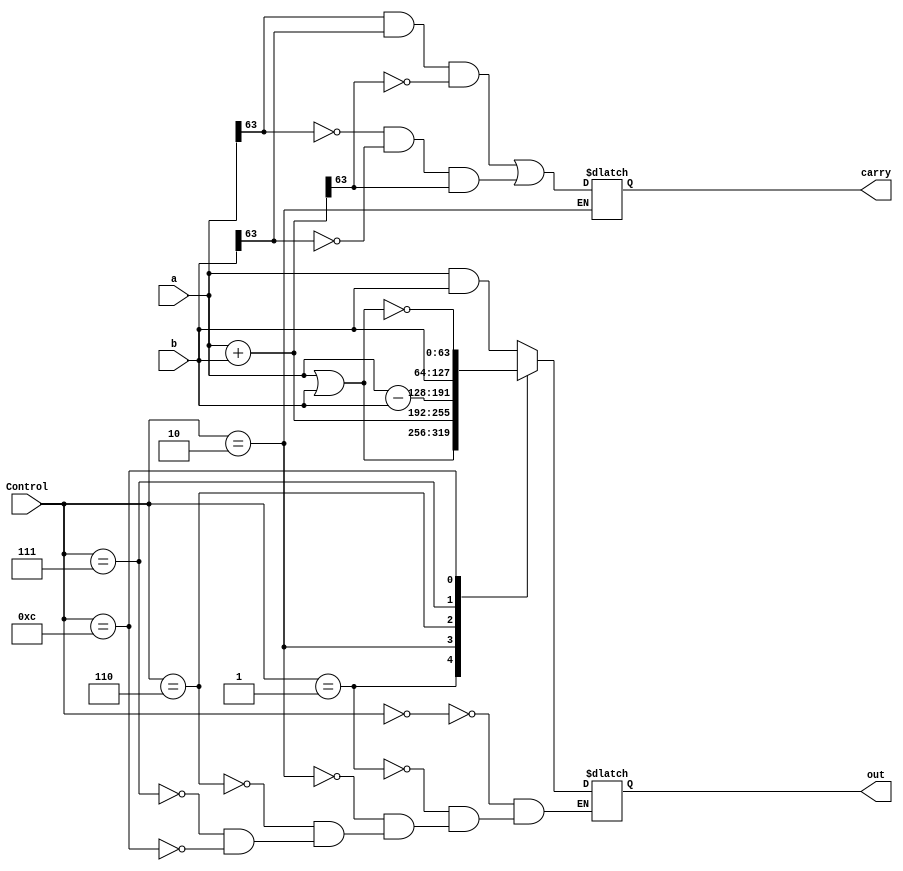
module ALU(
    input [63:0] a,
    input [63:0] b,
    input [3:0] Control,
    output [63:0] out,
    output carry
    );
      
    reg [63:0] out;
    reg carry; 
      
    always @*
    begin
        case(Control)
        4'b0000: out = a & b;
        4'b0001: out = a | b;
        4'b0010: begin
                 out = a + b;
                 carry = (a[63] & b[63] & ~out[63]) | (~a[63] & ~b[63] & out[63]);
                 end
        4'b0110: out = a - b;
        4'b0111: out = b;
        4'b1100: out = ~(a | b);
    endcase
    end
endmodule